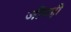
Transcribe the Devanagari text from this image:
जीवही